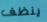
ينظف